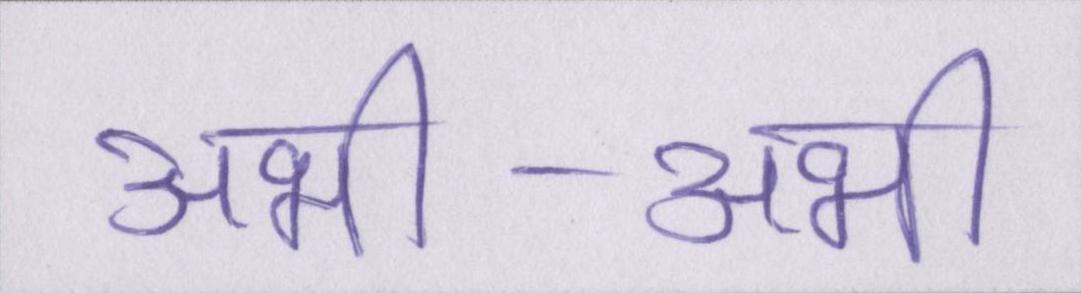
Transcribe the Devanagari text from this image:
अभी-अभी